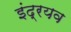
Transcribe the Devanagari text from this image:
इंद्रयव